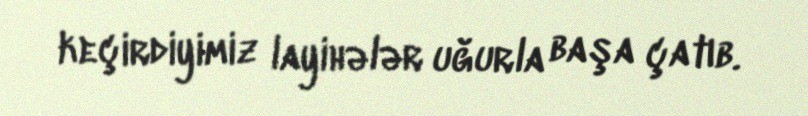
keçirdiyimiz layihələr uğurla başa çatıb.